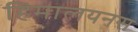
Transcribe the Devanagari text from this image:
हिमालयनस